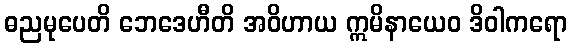
ဓညမုပေတိ ဘေဒေဟီတိ အဝိဟာယ ဣမိနာယေဝ ဒိဝါကရော